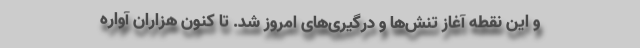
و این نقطه آغاز تنش‌ها و درگیری‌های امروز شد. تا کنون هزاران آواره